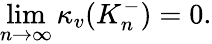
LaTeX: \operatorname*{lim}_{n\to\infty}\kappa_{v}(K_{n}^{-})=0.